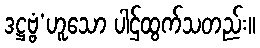
ဒဋ္ဌဗ္ဗံ’ဟူသော ပါဌ်ထွက်သတည်း။